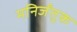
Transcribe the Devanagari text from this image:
मनिर्जंतुक